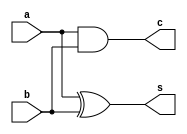
module HADesign(input a,b,output s,c);
assign s=a^b;
assign c=a&b;
endmodule